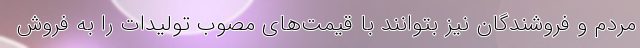
مردم و فروشندگان نیز بتوانند با قیمت‌های مصوب تولیدات را به فروش